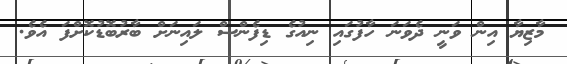
މާޒިޔާ އިން ވަނީ ދެވަނަ ހާފުގައި ނިއުގެ ޑިފެންސް ލައިނަށް ބާރުބޮޑުކޮށްފަ އެވެ.